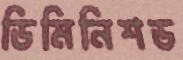
ডিমিনিশড